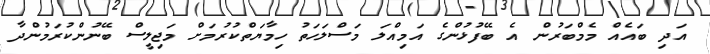
އަދި ބައެއް މެމްބަރުން އެ ބޭފުޅުންގެ އަމިއްލަ މަސްލަހަތު ހިމާޔަތްކުރުމަށް މަޖިލީސް ބޭނުންކުރަމުންދާ